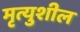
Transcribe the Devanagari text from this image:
मृत्युशील